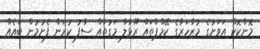
މޮންކޮކް އަވަށުގެ މުޒާހަރާގެ ކޭމްޕްތައް ރޫޅާލާ މަގުތައް ސާފު ކުރަން ފެށުމުން ބައެއް